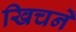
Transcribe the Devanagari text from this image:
खिचनें